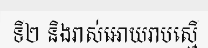
ទី២ និងរាស់អោយរាបស្មើ